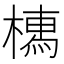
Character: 𣚐